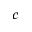
c